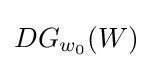
DG_{w_{0}}(W)